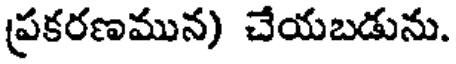
ప్రకరణమున) చేయబడును.